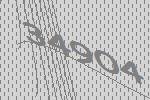
34904